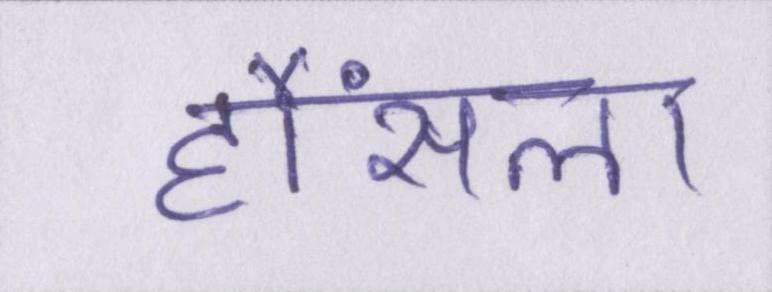
हौंसला